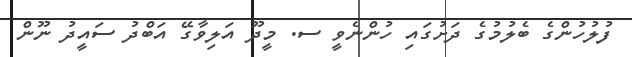
ފުލުހުންގެ ބެލުމުގެ ދަށުގައި ހުންނެވީ ސ. މީދޫ އަލިވާގޭ އަބްދު ސައީދު ނޫން